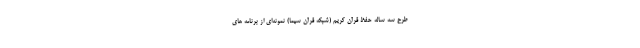
طرح سه ساله حفظ قرآن کریم (شبکه قرآن سیما) نمونه‌ای از برنامه های